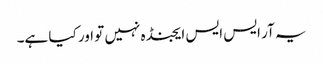
یہ آر ایس ایس ایجنڈہ نہیں تو اور کیا ہے۔